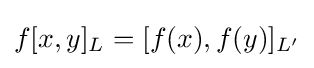
f[x,y]_{L}=[f(x),f(y)]_{L^{\prime }}